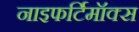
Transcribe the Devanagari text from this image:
नाइफर्टिमॉक्स